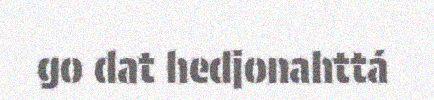
go dat hedjonahttá